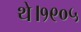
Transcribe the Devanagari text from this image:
थे।१९०५